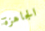
الجاهزة